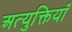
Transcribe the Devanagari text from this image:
अत्युक्तियाँ